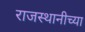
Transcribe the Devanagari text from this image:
राजस्थानीच्या